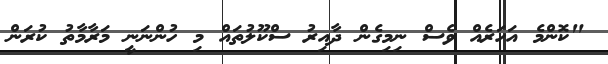
"ކޮންމެ އަހަރެއް ވެސް ނިމިގެން ދާއިރު ސްކޫލުތައް މި ހުންނަނީ މަރާމާތު ކުރަން